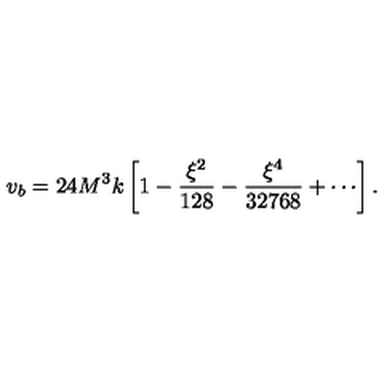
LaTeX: v _ { b } = 2 4 M ^ { 3 } k \left[ 1 - \frac { \xi ^ { 2 } } { 1 2 8 } - \frac { \xi ^ { 4 } } { 3 2 7 6 8 } + \cdots \right] .